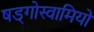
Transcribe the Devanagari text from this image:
षड्गोस्वामियों